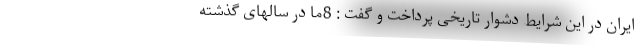
ایران در این شرایط دشوار تاریخی پرداخت و گفت : 8ما در سالهای گذشته